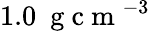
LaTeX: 1.0~\mathrm{~g~c~m~}^{-3}